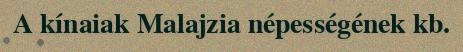
A kínaiak Malajzia népességének kb.